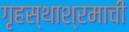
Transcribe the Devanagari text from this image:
गृहस्थाश्रमाची